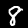
Label: 8